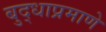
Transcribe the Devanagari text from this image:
बुद्धाप्रमाणे